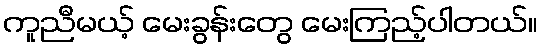
ကူညီမယ့် မေးခွန်းတွေ မေးကြည့်ပါတယ်။